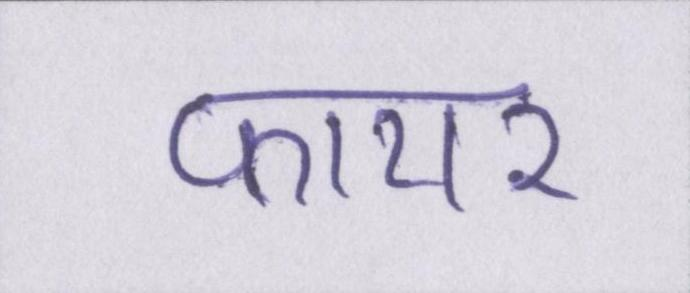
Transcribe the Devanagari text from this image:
फायर